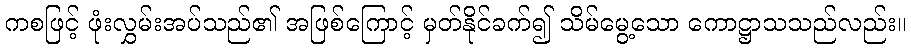
ကစဖြင့် ဖုံးလွှမ်းအပ်သည်၏ အဖြစ်ကြောင့် မှတ်နိုင်ခက်၍ သိမ်မွေ့သော ကောဋ္ဌာသသည်လည်း။